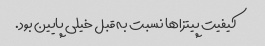
کیفیت پیتزاها نسبت به قبل خیلی پایین بود.